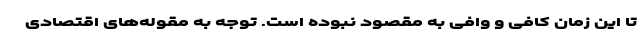
تا این زمان کافی و وافی به مقصود نبوده است. توجه به مقوله‌های اقتصادی